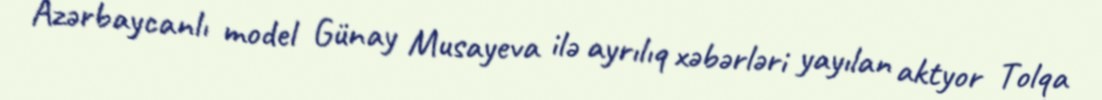
Azərbaycanlı model Günay Musayeva ilə ayrılıq xəbərləri yayılan aktyor Tolqa